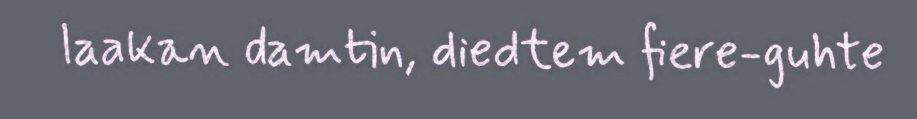
laakan damtin, diedtem fiere-guhte